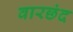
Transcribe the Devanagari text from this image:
वारछंद